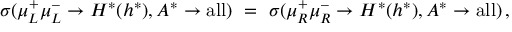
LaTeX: \sigma ( \mu _ { L } ^ { + } \mu _ { L } ^ { - } \to H ^ { * } ( h ^ { * } ) , A ^ { * } \to \mathrm { a l l } ) \ = \ \sigma ( \mu _ { R } ^ { + } \mu _ { R } ^ { - } \to H ^ { * } ( h ^ { * } ) , A ^ { * } \to \mathrm { a l l } ) \, ,